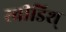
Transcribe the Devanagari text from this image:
स्वीडिश्